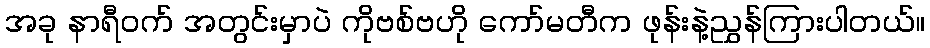
အခု နာရီဝက် အတွင်းမှာပဲ ကိုဗစ်ဗဟို ကော်မတီက ဖုန်းနဲ့ညွှန်ကြားပါတယ်။